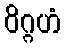
ဝိဂ္ဂဟံ